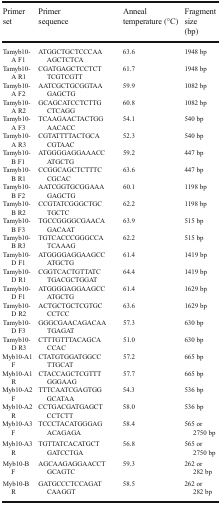
<table><thead><tr><td><b>Primer set</b></td><td><b>Primer sequence</b></td><td><b>Anneal temperature (°C)</b></td><td><b>Fragment size (bp)</b></td></tr></thead><tbody><tr><td>Tamyb10-A F1</td><td>ATGGCTGCTCCCAAAGCTCTCA</td><td>63.6</td><td>1948 bp</td></tr><tr><td>Tamyb10-A R1</td><td>CGATGAGCTCCTCTTCGTCGTT</td><td>61.7</td><td>1948 bp</td></tr><tr><td>Tamyb10-A F2</td><td>AATCGCTGCGGTAAGAGCTG</td><td>59.9</td><td>1082 bp</td></tr><tr><td>Tamyb10-A R2</td><td>GCAGCATCCTCTTGCTCAGG</td><td>60.8</td><td>1082 bp</td></tr><tr><td>Tamyb10-A F3</td><td>TCAAGAACTACTGGAACACC</td><td>54.1</td><td>540 bp</td></tr><tr><td>Tamyb10-A R3</td><td>CGTATTTTACTGCACGTAAC</td><td>52.3</td><td>540 bp</td></tr><tr><td>Tamyb10-B F1</td><td>ATGGGGAGGAAACCATGCTG</td><td>59.2</td><td>447 bp</td></tr><tr><td>Tamyb10-B R1</td><td>CCGGCAGCTCTTTCCGCAC</td><td>63.6</td><td>447 bp</td></tr><tr><td>Tamyb10-B F2</td><td>AATCGGTGCGGAAAGAGCTG</td><td>60.1</td><td>1198 bp</td></tr><tr><td>Tamyb10-B R2</td><td>CCGTATCGGGCTGCTGCTC</td><td>62.2</td><td>1198 bp</td></tr><tr><td>Tamyb10-B F3</td><td>TGCCGGGGCGAACAGACAAT</td><td>63.9</td><td>515 bp</td></tr><tr><td>Tamyb10-B R3</td><td>TGTCACCCGGGCCATCAAAG</td><td>62.2</td><td>515 bp</td></tr><tr><td>Tamyb10-D F1</td><td>ATGGGGAGGAAGCCATGCTG</td><td>61.4</td><td>1419 bp</td></tr><tr><td>Tamyb10-D R1</td><td>CGGTCACTGTTATCTGACGCTGGAT</td><td>64.4</td><td>1419 bp</td></tr><tr><td>Tamyb10-D F1</td><td>ATGGGGAGGAAGCCATGCTG</td><td>61.4</td><td>1629 bp</td></tr><tr><td>Tamyb10-D R2</td><td>ACTGCTGCTCGTGCCCTCC</td><td>63.6</td><td>1629 bp</td></tr><tr><td>Tamyb10-D F3</td><td>GGGCGAACAGACAATGAGAT</td><td>57.3</td><td>630 bp</td></tr><tr><td>Tamyb10-D R3</td><td>CTTTGTTTACAGCACCAC</td><td>51.0</td><td>630 bp</td></tr><tr><td>Myb10-A1 F</td><td>CTATGTGGATGGCCTTGCAT</td><td>57.2</td><td>665 bp</td></tr><tr><td>Myb10-A1 R</td><td>CTACCAGCTCGTTTGGGAAG</td><td>57.7</td><td>665 bp</td></tr><tr><td>Myb10-A2 F</td><td>TTTCAATCGAGTGGGCATAA</td><td>54.3</td><td>536 bp</td></tr><tr><td>Myb10-A2 R</td><td>CCTGACGATGAGCTCCTCTT</td><td>58.0</td><td>536 bp</td></tr><tr><td>Myb10-A3 F</td><td>TCCCTACATGGGAGACAGAGA</td><td>58.4</td><td>565 or 2750 bp</td></tr><tr><td>Myb10-A3 R</td><td>TGTTATCACATGCTGATCCTGA</td><td>56.8</td><td>565 or 2750 bp</td></tr><tr><td>Myb10-B F</td><td>AGCAAGAGGAACCTGCAGTC</td><td>59.3</td><td>262 or 282 bp</td></tr><tr><td>Myb10-B R</td><td>GATGCCCTCCAGATCAAGGT</td><td>58.5</td><td>262 or 282 bp</td></tr></tbody></table>